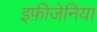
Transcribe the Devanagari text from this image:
इफ़ीजेनिया